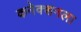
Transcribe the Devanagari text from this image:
कनेक्शनला